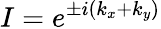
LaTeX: I=e^{\pm i(k_{x}+k_{y})}